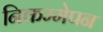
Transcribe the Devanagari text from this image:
निकम्मेपन